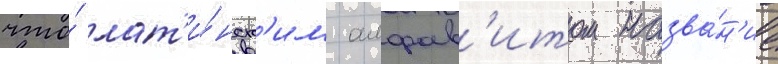
что́ лат'и́нск'им алфав'итом назва́н'ие